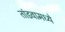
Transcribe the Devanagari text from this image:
तांडवामध्ये